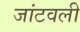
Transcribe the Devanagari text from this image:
जांटवली